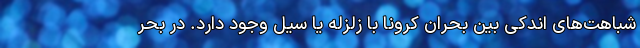
شباهت‌های اندکی بین بحران کرونا با زلزله یا سیل وجود دارد. در بحر